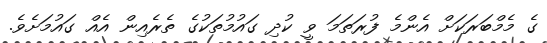
ގެ މެމްބަރަކަށް އެންމެ ފުރަތަމަ ވީ ކުދި ގައުމުތަކުގެ ތެރެއިން އެއް ގައުމަށެވެ.